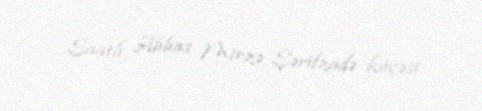
Saatlı, Abbas Mirzə Şərifzadə küçəsi